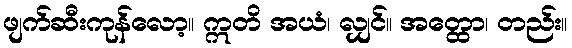
ဖျက်ဆီးကုန်လော့။ ဣတိ အယံ၊ လျှင်။ အတ္ထော၊ တည်း။